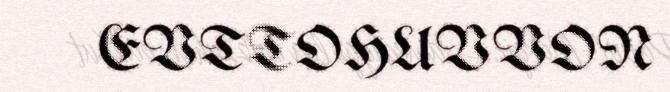
EVTTOHUVVON